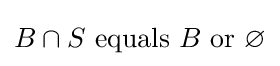
B\cap S{\text{ equals }}B{\text{ or }}\varnothing